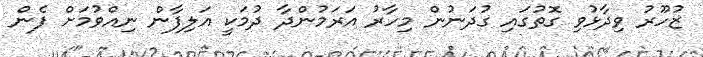
ޒުހޫރު ވިދާޅުވި ގޮތުގައި ގުދަނުން މިހާރު އަރަމުންދާ ދުމަކީ އަލިފާން ނިއްވުމަށް ފެން